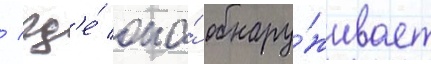
/ гд'е́ она́ обнару́живает